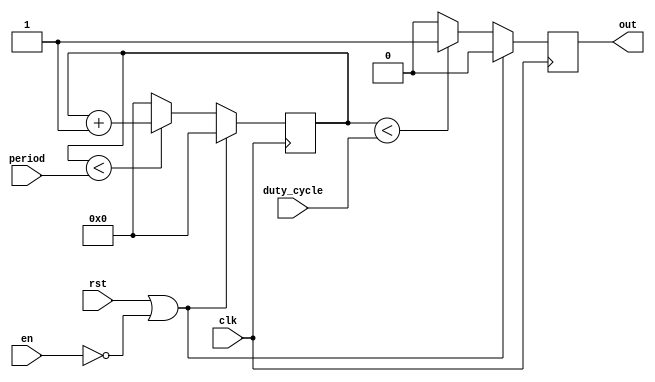
// This program was cloned from: https://github.com/CospanDesign/nysa-verilog
// License: MIT License

module pwm (
  input               clk,
  input               rst,

  input               en,

  input       [31:0]  period,
  input       [31:0]  duty_cycle,

  output  reg          out
);

//Local Parameters
//Registers/Wires
reg   [31:0]            count;
//Submodules
//Asynchronous Logic
//Synchronous Logic
always @ (posedge clk) begin
  if (rst || !en) begin
    count           <=  0;
    out             <=  0;
  end
  else begin
    if (count < period) begin
      count         <=  count + 1;
    end
    else begin
      count         <=  0;
    end

    if (count < duty_cycle) begin
      out           <=  1;
    end
    else begin
      out           <=  0;
    end
  end
end
endmodule